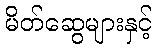
မိတ်ဆွေများနှင့်